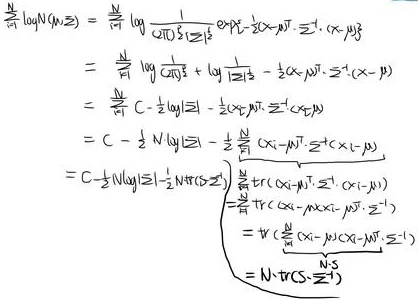
\begin{align*}
\frac{1}{N}\log p(\mathbf{X}|\boldsymbol{\mu},\boldsymbol{\Sigma})&=\frac{1}{N}\log\frac{1}{(2\pi)^{\frac{D}{2}}|\boldsymbol{\Sigma}|^{\frac{1}{2}}}\exp\left\{-\frac{1}{2}(\mathbf{x}_n-\boldsymbol{\mu})^T\boldsymbol{\Sigma}^{-1}(\mathbf{x}_n-\boldsymbol{\mu})\right\}\\
&=\frac{1}{N}\log\frac{1}{(2\pi)^{\frac{D}{2}}}+\frac{1}{N}\log\frac{1}{|\boldsymbol{\Sigma}|^{\frac{1}{2}}}-\frac{1}{2N}(\mathbf{x}_n-\boldsymbol{\mu})^T\boldsymbol{\Sigma}^{-1}(\mathbf{x}_n-\boldsymbol{\mu})\\
&=C-\frac{1}{2N}\log|\boldsymbol{\Sigma}|-\frac{1}{2N}\sum_{n = 1}^{N}(\mathbf{x}_n-\boldsymbol{\mu})^T\boldsymbol{\Sigma}^{-1}(\mathbf{x}_n-\boldsymbol{\mu})\\
&=C-\frac{1}{2N}\log|\boldsymbol{\Sigma}|-\frac{1}{2N}\sum_{n = 1}^{N}\text{tr}\left\{(\mathbf{x}_n-\boldsymbol{\mu})^T\boldsymbol{\Sigma}^{-1}(\mathbf{x}_n-\boldsymbol{\mu})\right\}\\
&=C-\frac{1}{2N}\log|\boldsymbol{\Sigma}|-\frac{1}{2N}\text{tr}\left\{\boldsymbol{\Sigma}^{-1}\sum_{n = 1}^{N}(\mathbf{x}_n-\boldsymbol{\mu})(\mathbf{x}_n-\boldsymbol{\mu})^T\right\}\\
&=C-\frac{1}{2N}\log|\boldsymbol{\Sigma}|-\frac{1}{2N}\text{tr}\left(\boldsymbol{\Sigma}^{-1}\mathbf{S}\right)
\end{align*}